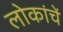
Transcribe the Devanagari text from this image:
लोकांचें